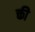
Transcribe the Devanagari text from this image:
क्ती